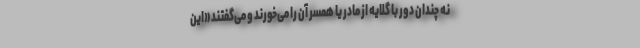
نه چندان دور با گلایه از مادر یا همسر آن را می‌خورند و می‌گفتند «این